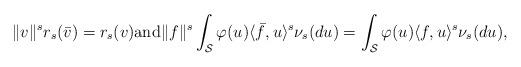
LaTeX: \begin{align*}\|v\|^s r_s(\bar v) = r_s(v) \mbox{and} \|f\|^s \int_{\mathcal{S}} \varphi(u) \langle \bar f, u \rangle^s \nu_s(du) = \int_{\mathcal{S}} \varphi(u) \langle f, u \rangle^s \nu_s(du), \end{align*}